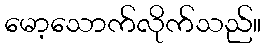
မော့သောက်လိုက်သည်။